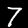
Digit: 7